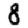
Digit: 8